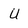
Character: U